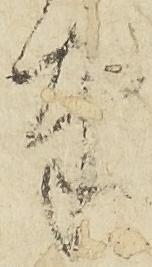
奉